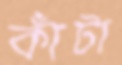
কাঁটা